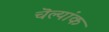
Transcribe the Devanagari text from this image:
चॆल्यांक